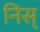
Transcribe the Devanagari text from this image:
निस्‌